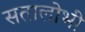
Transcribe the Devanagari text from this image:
सतालोभी